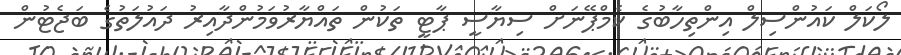
ލޯކަލް ކައުންސިލް އިންތިހާބުގެ ކެމްޕޭނަށް ސިޔާސީ ޕާޓީ ތަކުން ތައްޔާރުވަމުންދާއިރު ދައުލަތުގެ ބަޖެޓުން